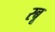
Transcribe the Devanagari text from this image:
रबू